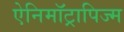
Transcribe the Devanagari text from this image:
ऐनिमॉट्रापिज्म